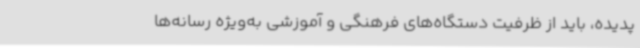
پدیده، باید از ظرفیت دستگاه‌های فرهنگی و آموزشی به‌ویژه رسانه‌ها